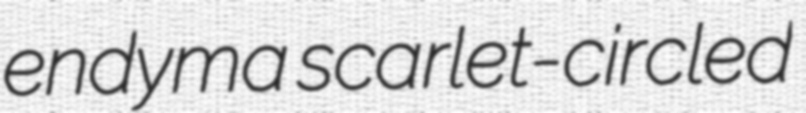
endyma scarlet-circled